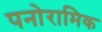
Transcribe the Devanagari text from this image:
पनोरामिक